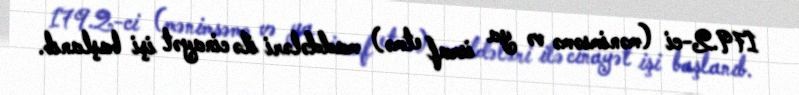
179.2-ci (mənimsəmə və ya israf etmə) maddələri ilə cinayət işi başlanıb.